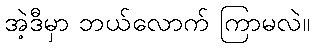
အဲ့ဒီမှာ ဘယ်လောက် ကြာမလဲ။